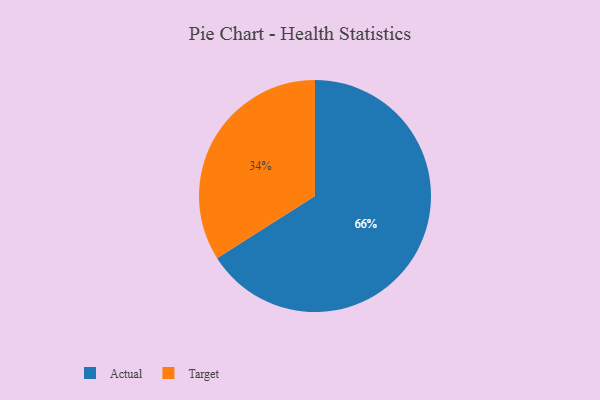
{"axis": {"x": "Category", "y": "Percentage"}, "legend": ["Actual", "Target"], "data": [{"x": "Target", "y": 34, "type": "Target"}, {"x": "Actual", "y": 66, "type": "Actual"}]}